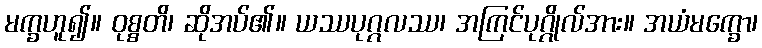
မက္ခဟူ၍။ ဝုစ္စတိ၊ ဆိုအပ်၏။ ယဿပုဂ္ဂလဿ၊ အကြင်ပုဂ္ဂိုလ်အား။ အယံမက္ခော၊